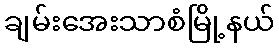
ချမ်းအေးသာစံမြို့နယ်